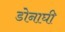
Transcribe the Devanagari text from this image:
डोनाघी